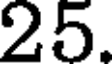
25.